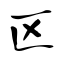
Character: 区